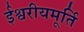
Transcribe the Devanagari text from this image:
ईश्वरीयमूर्ति